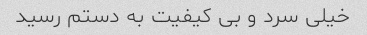
خیلی سرد و بی کیفیت به دستم رسید